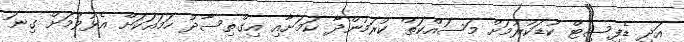
އަދި ޑެފިސިޓް ކުޑަކުރުމަށް މަސައްކަތް ކުރަމުންދާ ކަމަށާއި އިގްތިސާދު ހަމައަކަށް އެޅުވުމަށް ގިނަ